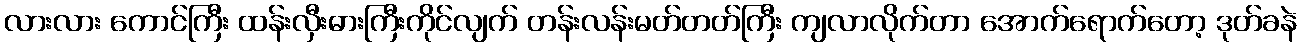
လားလား ကောင်ကြီး ထန်းလှီးဓားကြီးကိုင်လျက် တန်းလန်းမတ်တတ်ကြီး ကျလာလိုက်တာ အောက်ရောက်တော့ ဒုတ်ခနဲ